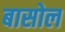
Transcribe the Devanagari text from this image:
बासोल